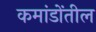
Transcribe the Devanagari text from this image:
कमांडोंतील